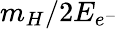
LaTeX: m_{H}/2E_{e^{-}}